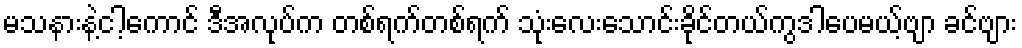
မသနားနဲ့ငါ့ကောင် ဒီအလုပ်က တစ်ရက်တစ်ရက် သုံးလေးသောင်းခိုင်တယ်ကွဒါပေမယ့်ဗျာ ခင်ဗျား